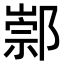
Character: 𨝡